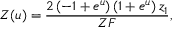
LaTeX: Z ( u ) = { \frac { 2 \left( - 1 + { e ^ { u } } \right) \left( 1 + { e ^ { u } } \right) { z _ { 1 } } } { Z F } } ,